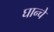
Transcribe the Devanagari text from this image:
घान्चे